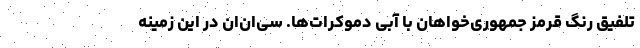
تلفیق رنگ قرمز جمهوری‌خواهان با آبی دموکرات‌ها. سی‌ان‌ان در این زمینه